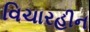
વિચારહીન